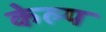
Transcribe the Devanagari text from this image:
केल्प